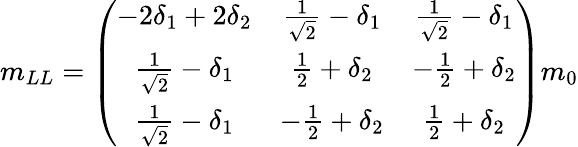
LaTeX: m_{LL}=\left(\begin{array}{ccc}{{-2\delta_{1}+2\delta_{2}}}&{{\frac{1}{\sqrt{2}}-\delta_{1}}}&{{\frac{1}{\sqrt{2}}-\delta_{1}}}\\ {{\frac{1}{\sqrt{2}}-\delta_{1}}}&{{\frac{1}{2}+\delta_{2}}}&{{-\frac{1}{2}+\delta_{2}}}\\ {{\frac{1}{\sqrt{2}}-\delta_{1}}}&{{-\frac{1}{2}+\delta_{2}}}&{{\frac{1}{2}+\delta_{2}}}\end{array}\right)m_{0}